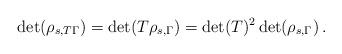
LaTeX: \begin{align*}\det(\rho_{s,T\Gamma})=\det(T\rho_{s,\Gamma})=\det(T)^2\det(\rho_{s,\Gamma})\,.\end{align*}